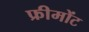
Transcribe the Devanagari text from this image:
फ्रीमोंट